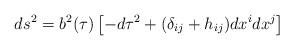
LaTeX: \begin{align*}ds^2 = b^2 (\tau) \left[ -d\tau^2 + (\delta_{ij} + h_{ij}) dx^i dx^j \right] \end{align*}